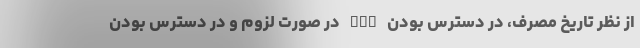
از نظر تاریخ مصرف، در دسترس بودن icu در صورت لزوم و در دسترس بودن